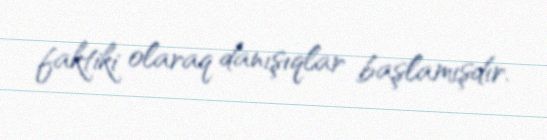
faktiki olaraq danışıqlar başlamışdır.